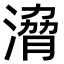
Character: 𣹩